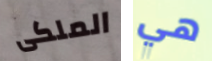
الملكى هي